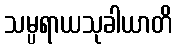
သမ္ပရာယသုခါယာတိ